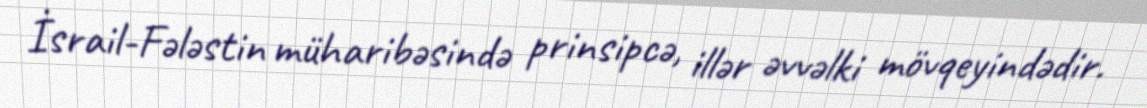
İsrail-Fələstin müharibəsində prinsipcə, illər əvvəlki mövqeyindədir.